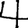
Digit: 4